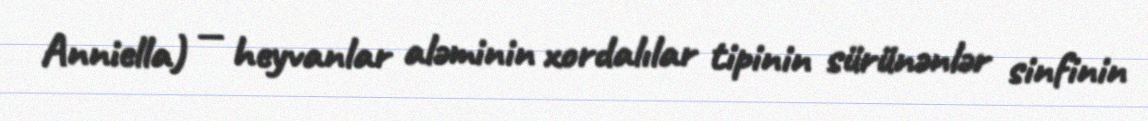
Anniella) — heyvanlar aləminin xordalılar tipinin sürünənlər sinfinin